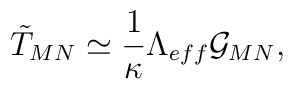
\tilde{T}_{MN}\simeq \frac{1}{\kappa} \Lambda _{eff}\mathcal{G}_{MN},